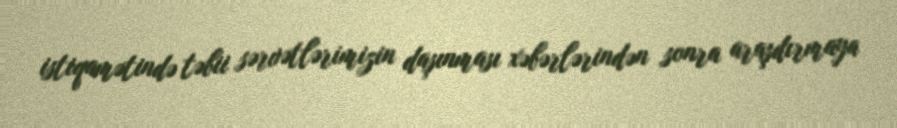
istiqamətində təbii sərvətlərimizin daşınması xəbərlərindən sonra araşdırmaya